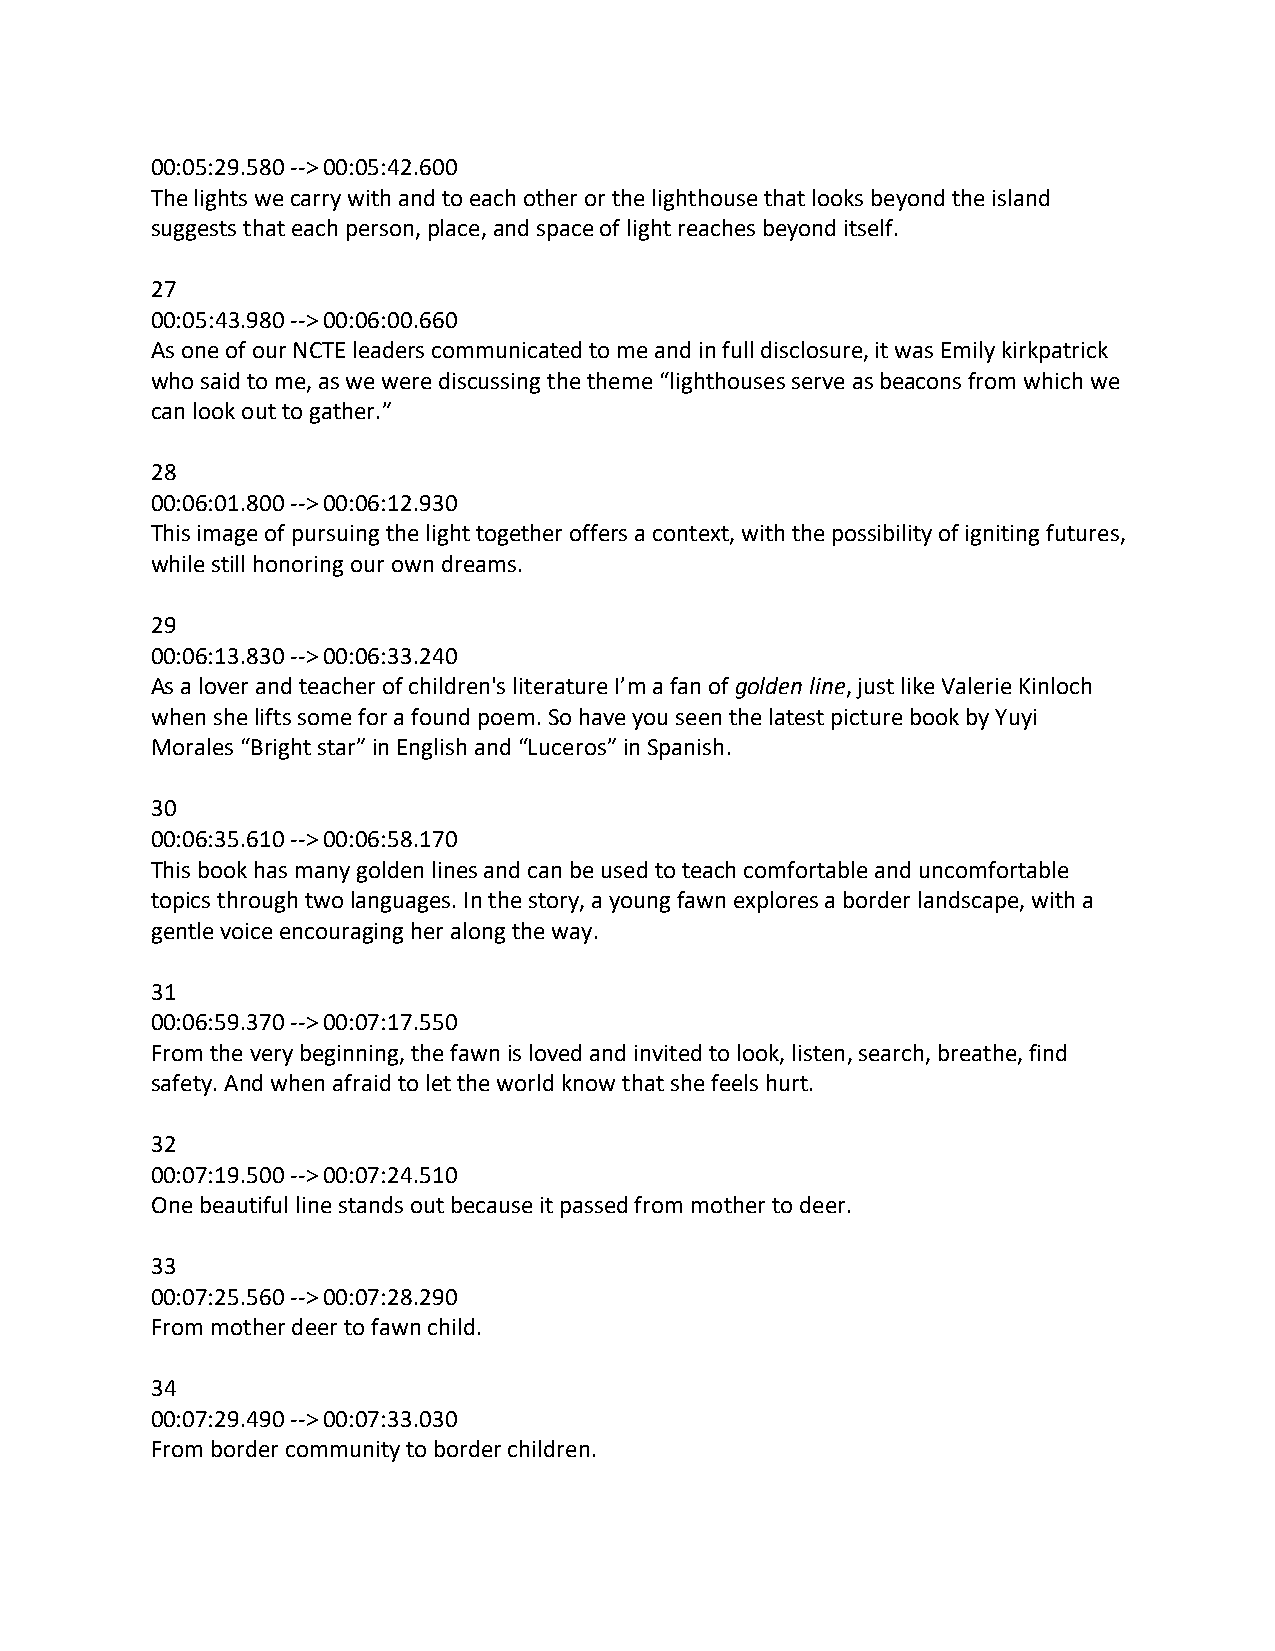
00:05:29.580 --> 00:05:42.600
 The lights we carry with and to each other or the lighthouse that looks beyond the island
 suggests that each person, place, and space of light reaches beyond itself.
 27
 00:05:43.980 --> 00:06:00.660
 As one of our NCTE leaders communicated to me and in full disclosure, it was Emily kirkpatrick
 who said to me, as we were discussing the theme “lighthouses serve as beacons from which we
 can look out to gather.”
 28
 00:06:01.800 --> 00:06:12.930
 This image of pursuing the light together offers a context, with the possibility of igniting futures,
 while still honoring our own dreams.
 29
 00:06:13.830 --> 00:06:33.240
 As a lover and teacher of children's literature I’m a fan of golden line, just like Valerie Kinloch
 when she lifts some for a found poem. So have you seen the latest picture book by Yuyi
 Morales “Bright star” in English and “Luceros” in Spanish.
 30
 00:06:35.610 --> 00:06:58.170
 This book has many golden lines and can be used to teach comfortable and uncomfortable
 topics through two languages. In the story, a young fawn explores a border landscape, with a
 gentle voice encouraging her along the way.
 31
 00:06:59.370 --> 00:07:17.550
 From the very beginning, the fawn is loved and invited to look, listen, search, breathe, find
 safety. And when afraid to let the world know that she feels hurt.
 32
 00:07:19.500 --> 00:07:24.510
 One beautiful line stands out because it passed from mother to deer.
 33
 00:07:25.560 --> 00:07:28.290
 From mother deer to fawn child.
 34
 00:07:29.490 --> 00:07:33.030
 From border community to border children.